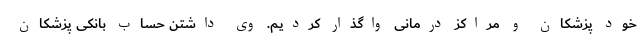
خود پزشکان و مراکز درمانی واگذار کردیم. وی داشتن حساب بانکی پزشکان